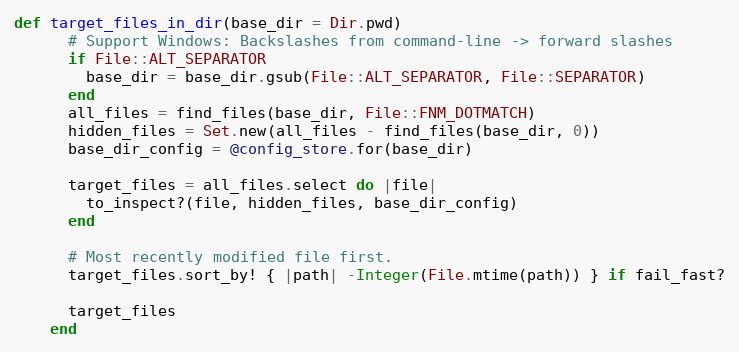
Language: Ruby
def target_files_in_dir(base_dir = Dir.pwd)
      # Support Windows: Backslashes from command-line -> forward slashes
      if File::ALT_SEPARATOR
        base_dir = base_dir.gsub(File::ALT_SEPARATOR, File::SEPARATOR)
      end
      all_files = find_files(base_dir, File::FNM_DOTMATCH)
      hidden_files = Set.new(all_files - find_files(base_dir, 0))
      base_dir_config = @config_store.for(base_dir)

      target_files = all_files.select do |file|
        to_inspect?(file, hidden_files, base_dir_config)
      end

      # Most recently modified file first.
      target_files.sort_by! { |path| -Integer(File.mtime(path)) } if fail_fast?

      target_files
    end